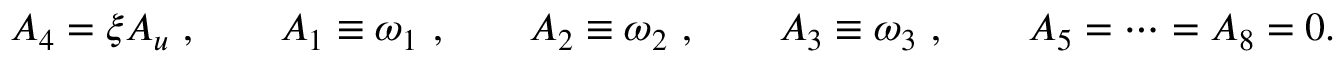
A _ { 4 } = \xi A _ { u } \ , \qquad A _ { 1 } \equiv \omega _ { 1 } \ , \qquad A _ { 2 } \equiv \omega _ { 2 } \ , \qquad A _ { 3 } \equiv \omega _ { 3 } \ , \qquad A _ { 5 } = \dots = A _ { 8 } = 0 .